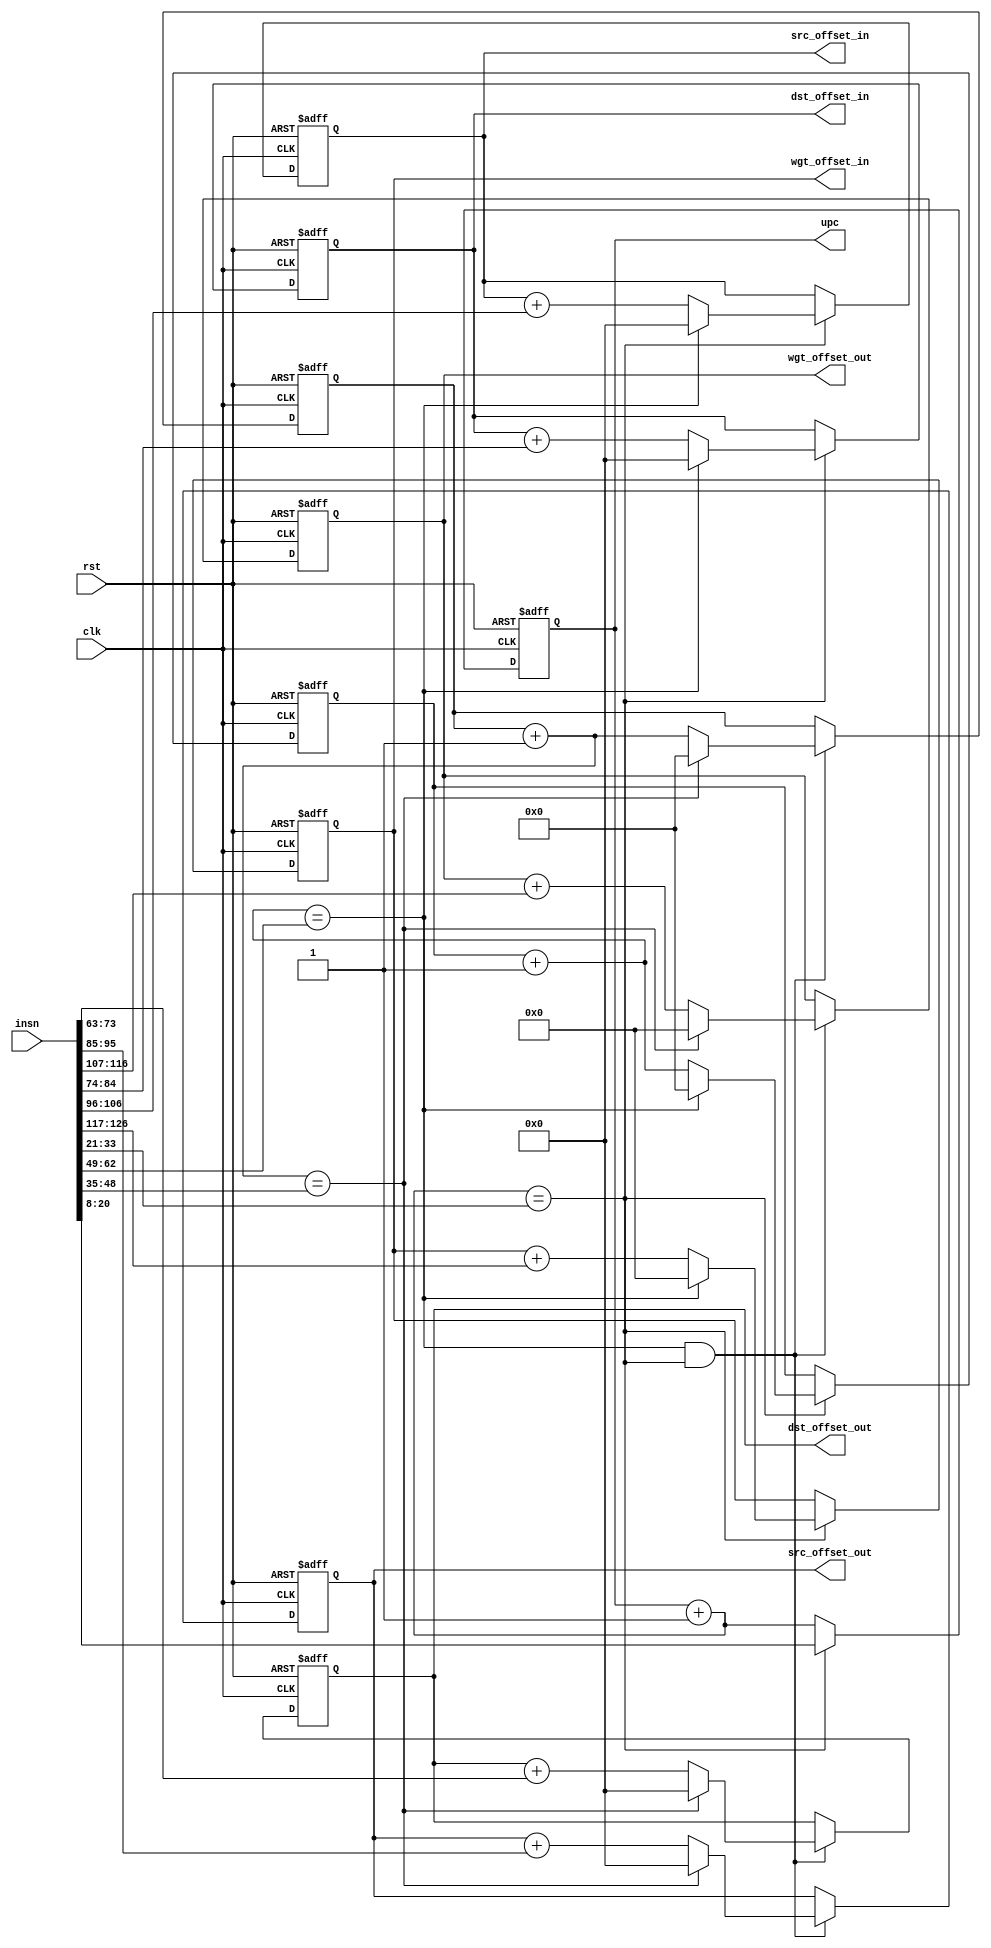
/*
  instruction field
   ------------------------------------
    size    field       field name
   ------------------------------------
    3       [2:0]       opcode
    1       [3]         pop_prev_dep
    1       [4]         pop_next_dep
    1       [5]         push_prev_dep
    1       [6]         push_next_dep
    1       [7]         reset_reg
    13      [20:8]      uop_bgn
    14      [34:21]     uop_end
    14      [48:35]     iter_out
    14      [62:49]     iter_in
    11      [73:63]     dst_factor_out
    11      [84:74]     dst_factor_in
    11      [95:85]     src_factor_out
    11      [106:96]    src_factor_in
    10      [116:107]   wgt_factor_out
    10      [126:117]   wgt_factor_in
    1       [127]       *unused
   ------------------------------------
      
  micro-op field
   ---------------------------------------
    size    field       field name
   ---------------------------------------
    11      [10:0]      accumulator index
    11      [21:11]     input index
    10      [31:22]     weight index
   ---------------------------------------
*/

module uop_fetch #(
  parameter INS_WIDTH = 128
          , UPC_WIDTH = 13
          , ACC_IDX_WIDTH = 11
          , INP_IDX_WIDTH = 11
          , WGT_IDX_WIDTH = 10
)(
  input  wire                     clk, // system clock
  input  wire                     rst, // async active-low reset
  input  wire [INS_WIDTH-1:0]     insn,
  output reg  [UPC_WIDTH-1:0]     upc,
  output reg  [ACC_IDX_WIDTH-1:0] dst_offset_out,
  output reg  [INP_IDX_WIDTH-1:0] src_offset_out,
  output reg  [WGT_IDX_WIDTH-1:0] wgt_offset_out,
  output reg  [ACC_IDX_WIDTH-1:0] dst_offset_in,
  output reg  [INP_IDX_WIDTH-1:0] src_offset_in,
  output reg  [WGT_IDX_WIDTH-1:0] wgt_offset_in
);

///////////////////////////////////////////////////////////////////////////////
  // instruction decode
  wire [12:0] insn_uop_bgn        = insn[20:8];
  wire [12:0] insn_uop_end        = insn[34:21];
  wire [13:0] insn_iter_out       = insn[48:35];
  wire [13:0] insn_iter_in        = insn[62:49];
  wire [10:0] insn_dst_factor_out = insn[73:63];
  wire [10:0] insn_dst_factor_in  = insn[84:74];
  wire [10:0] insn_src_factor_out = insn[95:85];
  wire [10:0] insn_src_factor_in  = insn[106:96];
  wire [9:0]  insn_wgt_factor_out = insn[116:107];
  wire [9:0]  insn_wgt_factor_in  = insn[126:117];

///////////////////////////////////////////////////////////////////////////////
  wire [UPC_WIDTH-1:0] upc_next = upc + 1;
  
  always @(posedge clk, negedge rst) begin
    // reset
    if(!rst) begin
      upc      <= 0;
    // count up
    end else begin
      // micro-op counter
      if (upc_next == insn_uop_end)
        upc <= insn_uop_bgn;
      else
        upc <= upc_next;
    end
  end

///////////////////////////////////////////////////////////////////////////////
  reg  [13:0] iter_in, iter_out; // iteration counters
  wire [13:0] iter_out_next = iter_out + 1;
  wire [13:0] iter_in_next  = iter_in + 1;

  wire isEnd_upc      = (upc_next      == insn_uop_end);
  wire isEnd_iter_in  = (iter_in_next  == insn_iter_in);
  wire isEnd_iter_out = (iter_out_next == insn_iter_out);

  always @(posedge clk, negedge rst) begin
    // reset
    if(!rst) begin
      iter_out <= 0;
      iter_in  <= 0;
    // count up
    end else begin
      // outer iteration increment
      if (isEnd_iter_in && isEnd_upc)
        if (isEnd_iter_out)
          iter_out <= 0;
        else
          iter_out <= iter_out_next;
      else 
        iter_out <= iter_out;
      
      // inner iteration increment
      if (isEnd_upc)
        if (isEnd_iter_in)
          iter_in <= 0;
        else
          iter_in <= iter_in_next;
      else 
        iter_in <= iter_in;
    end
  end

///////////////////////////////////////////////////////////////////////////////
  // index decode factors
  always @(posedge clk, negedge rst) begin
    // reset
    if(!rst) begin
        dst_offset_out <= 0;
        src_offset_out <= 0;
        wgt_offset_out <= 0;
        dst_offset_in  <= 0;
        src_offset_in  <= 0;
        wgt_offset_in  <= 0;
    end else begin
      // offset_out increment
      if (isEnd_iter_in && isEnd_upc) begin
        if (isEnd_iter_out) begin
          dst_offset_out <= 0;
          src_offset_out <= 0;
          wgt_offset_out <= 0;
        end else begin
          dst_offset_out <= dst_offset_out + insn_dst_factor_out;
          src_offset_out <= src_offset_out + insn_src_factor_out;
          wgt_offset_out <= wgt_offset_out + insn_wgt_factor_out;
        end
      end else begin
        dst_offset_out <= dst_offset_out;
        src_offset_out <= src_offset_out;
        wgt_offset_out <= wgt_offset_out;
      end

      // offset_in increment
      if (isEnd_upc)begin
        if (isEnd_iter_in) begin
          dst_offset_in <= 0;
          src_offset_in <= 0;
          wgt_offset_in <= 0;
        end else begin
          dst_offset_in <= dst_offset_in + insn_dst_factor_in;
          src_offset_in <= src_offset_in + insn_src_factor_in;
          wgt_offset_in <= wgt_offset_in + insn_wgt_factor_in;
        end
      end
      else begin
        dst_offset_in <= dst_offset_in;
        src_offset_in <= src_offset_in;
        wgt_offset_in <= wgt_offset_in;
      end
    end
  end

endmodule